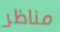
مناظر